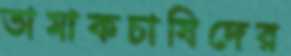
তামাকচাষিদের